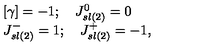
\begin{array} { l c r } { \lbrack \gamma \rbrack = - 1 ; \quad J _ { s l ( 2 ) } ^ { 0 } = 0 } \\ { J _ { s l ( 2 ) } ^ { - } = 1 ; \quad J _ { s l ( 2 ) } ^ { + } = - 1 , } \\ \end{array}